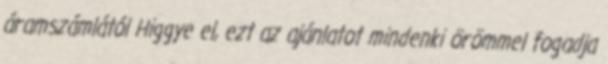
áramszámlától Higgye el, ezt az ajánlatot mindenki örömmel fogadja